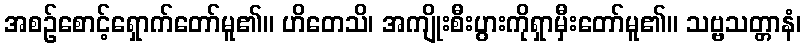
အစဉ်စောင့်ရှောက်တော်မူ၏။ ဟိတေသိ၊ အကျိုးစီးပွားကိုရှာမှီးတော်မူ၏။ သဗ္ဗသတ္တာနံ၊